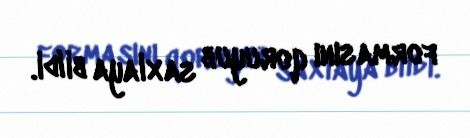
formasını qoruyub saxlaya bildi.